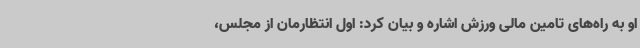
او به راه‌های تامین مالی ورزش اشاره و بیان کرد: اول انتظارمان از مجلس،